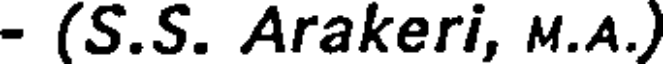
- (S.S. Arakeri, M.A.)